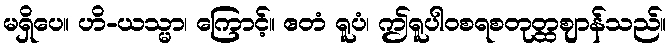
မရှိပေ။ ဟိ-ယသ္မာ၊ ကြောင့်။ ဧတံ ရူပံ၊ ဤရူပါဝစရစတုတ္ထဈာန်သည်။